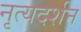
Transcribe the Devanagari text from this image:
नृत्यदर्शन